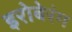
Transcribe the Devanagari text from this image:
इरोबेरंग